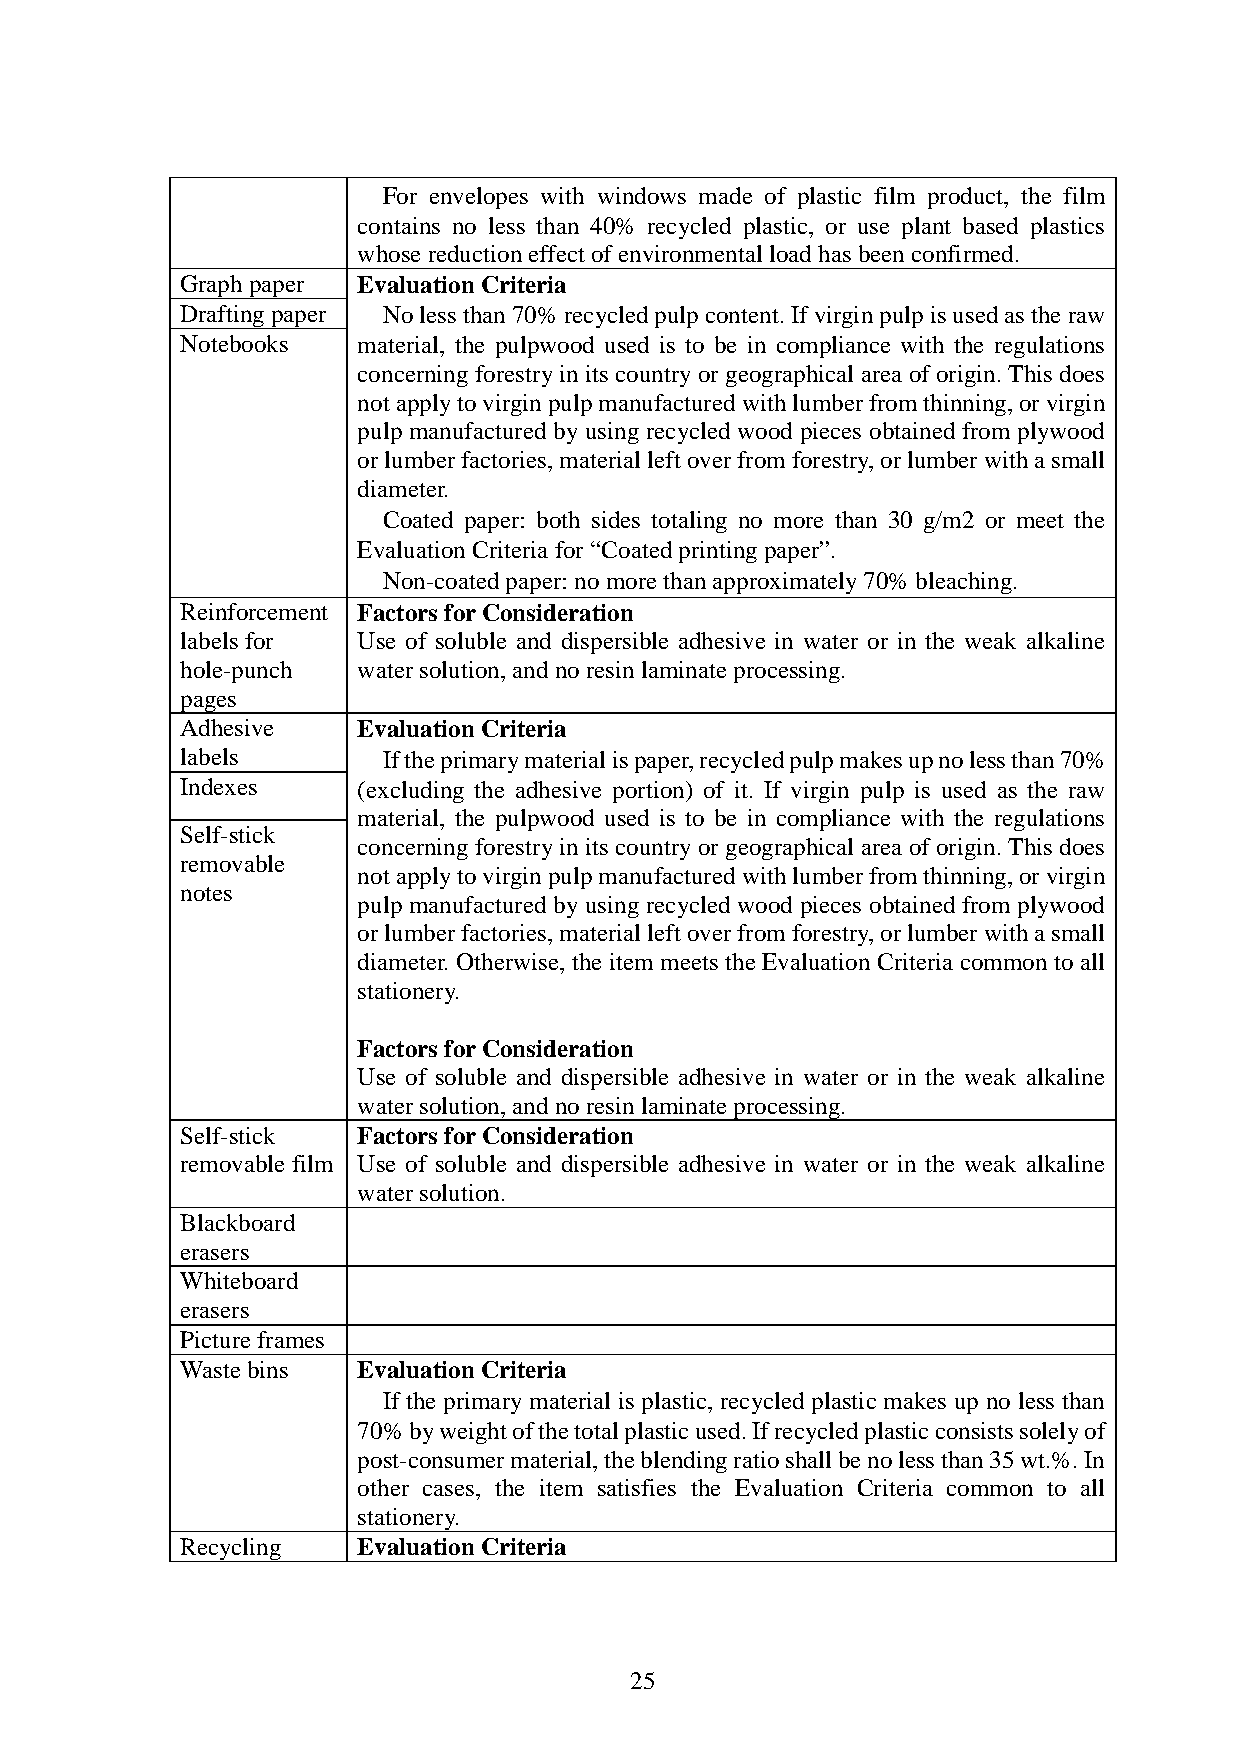
●For envelopes with windows made of plastic film product, the film
 contains no less than 40% recycled plastic, or use plant based plastics
 whose reduction effect of environmental load has been confirmed.
 Graph paper Evaluation Criteria
 Drafting paper ●No less than 70% recycled pulp content. If virgin pulp is used as the raw
 Notebooks   material, the pulpwood used is to be in compliance with the regulations
 concerning forestry in its country or geographical area of origin. This does
 not apply to virgin pulp manufactured with lumber from thinning, or virgin
 pulp manufactured by using recycled wood pieces obtained from plywood
 or lumber factories, material left over from forestry, or lumber with a small
 diameter.
 ●Coated paper: both sides totaling no more than 30 g/m2 or meet the
 Evaluation Criteria for “Coated printing paper”.
 ●Non-coated paper: no more than approximately 70% bleaching.
 Reinforcement Factors for Consideration
 labels for  Use of soluble and dispersible adhesive in water or in the weak alkaline
 hole-punch  water solution, and no resin laminate processing.
 pages
 Adhesive    Evaluation Criteria
 labels      ●If the primary material is paper, recycled pulp makes up no less than 70%
 Indexes     (excluding the adhesive portion) of it. If virgin pulp is used as the raw
 material, the pulpwood used is to be in compliance with the regulations
 Self-stick
 concerning forestry in its country or geographical area of origin. This does
 removable
 not apply to virgin pulp manufactured with lumber from thinning, or virgin
 notes
 pulp manufactured by using recycled wood pieces obtained from plywood
 or lumber factories, material left over from forestry, or lumber with a small
 diameter. Otherwise, the item meets the Evaluation Criteria common to all
 stationery.
 Factors for Consideration
 Use of soluble and dispersible adhesive in water or in the weak alkaline
 water solution, and no resin laminate processing.
 Self-stick  Factors for Consideration
 removable film Use of soluble and dispersible adhesive in water or in the weak alkaline
 water solution.
 Blackboard
 erasers
 Whiteboard
 erasers
 Picture frames
 Waste bins  Evaluation Criteria
 ●If the primary material is plastic, recycled plastic makes up no less than
 70% by weight of the total plastic used. If recycled plastic consists solely of
 post-consumer material, the blending ratio shall be no less than 35 wt.%. In
 other cases, the item satisfies the Evaluation Criteria common to all
 stationery.
 Recycling   Evaluation Criteria
 25